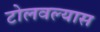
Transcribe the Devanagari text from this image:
टोलवल्यास